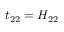
t _ { 2 2 } = H _ { 2 2 }